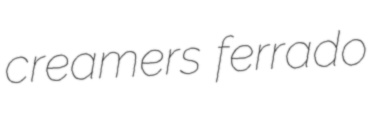
creamers ferrado